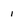
Character: i